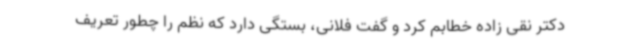
دکتر نقی زاده خطابم کرد و گفت فلانی، بستگی دارد که نظم را چطور تعریف